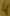
Text: 4